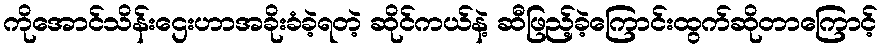
ကိုအောင်သိန်းဌေးဟာအခိုးခံခဲ့ရတဲ့ ဆိုင်ကယ်နဲ့ ဆီဖြည့်ခဲ့ကြောင်းထွက်ဆိုတာကြောင့်